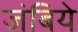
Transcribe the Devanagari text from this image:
जंबिये